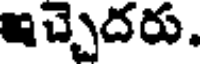
ఇచ్చెదరు.